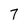
Character: 7